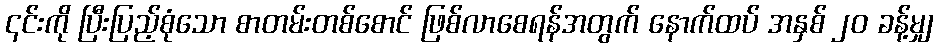
၎င်းကို ပြီးပြည့်စုံသော စာတမ်းတစ်စောင် ဖြစ်လာစေရန်အတွက် နောက်ထပ် အနှစ် ၂၀ ခန့်မျှ